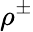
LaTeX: \rho^{\pm}